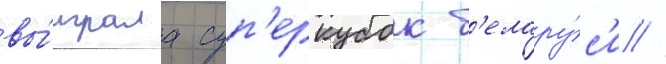
вы́играла суп'еркубок б'елару́с'и //